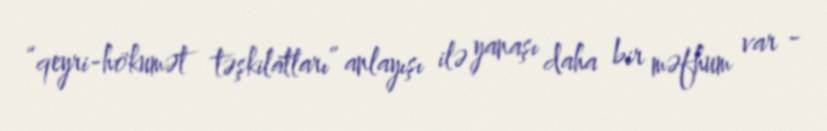
“qeyri-hökumət təşkilatları” anlayışı ilə yanaşı daha bir məfhum var -